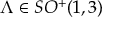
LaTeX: \Lambda \in S O ^ { + } ( 1 , 3 )